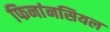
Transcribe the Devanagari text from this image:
फिनांनसियल